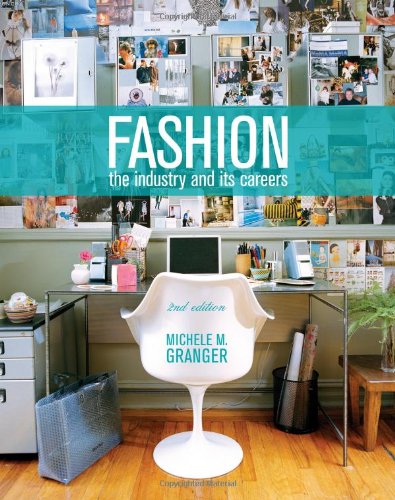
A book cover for Fashion: The Industry and Its Careers; Michele M. Granger; Business & Money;